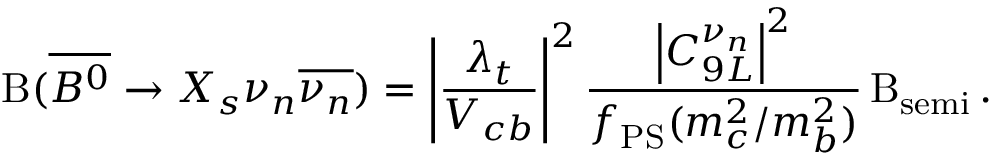
\mathrm { B } ( \overline { { { B ^ { 0 } } } } \rightarrow X _ { s } \nu _ { n } \overline { { { \nu _ { n } } } } ) = \left| \frac { \lambda _ { t } } { V _ { c b } } \right| ^ { 2 } \frac { \left| C _ { 9 L } ^ { \nu _ { n } } \right| ^ { 2 } } { f _ { \mathrm { P S } } ( m _ { c } ^ { 2 } / m _ { b } ^ { 2 } ) } \, \mathrm { B } _ { \mathrm { s e m i } } \, .